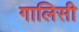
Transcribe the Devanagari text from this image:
गालिसी